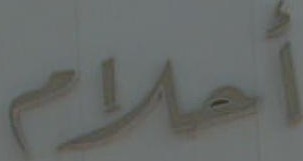
أحلام